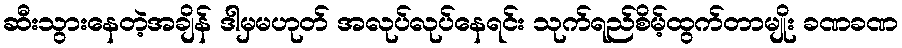
ဆီးသွားနေတဲ့အချိန် ဒါမှမဟုတ် အလုပ်လုပ်နေရင်း သုက်ရည်စိမ့်ထွက်တာမျိုး ခဏခဏ